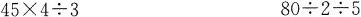
$$4 5 \times 4 \div3$$ $$8 0 \div 2 \div 5$$